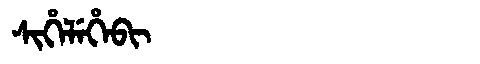
Manchu: ᠰᡳᡥᡝᠯᡝᡥᡝᠪᡳ
Romanization: SIHELEHEBI